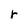
Character: r